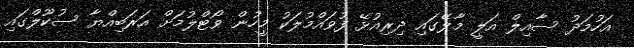
އަހުމަދު ސާއިލް އަލީ މާލޭގައި ދިރިއުޅޭ ފުވައްމުލަކު މީހުން ވޯޓްލުމަށް އަރަބިއްޔާ ސުކޫލްގައި